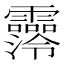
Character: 𩆼